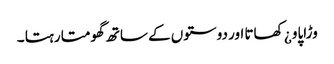
وڑاپاو ¿ کھاتا اور دوستوں کے ساتھ گھومتا رہتا ۔